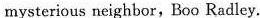
mysterious neighbor,Boo Radley.